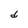
Character: d